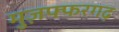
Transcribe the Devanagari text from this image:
मुज़फ्फरगढ़